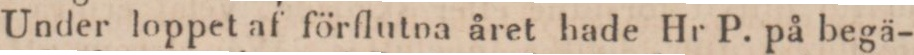
Under loppet af förflutna året hade Hr P. på begä-